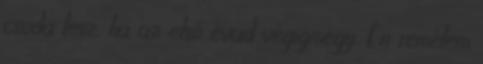
csoda lesz, ha az első évad végigmegy. Én remélem